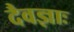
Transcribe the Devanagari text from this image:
दैवज्ञाः